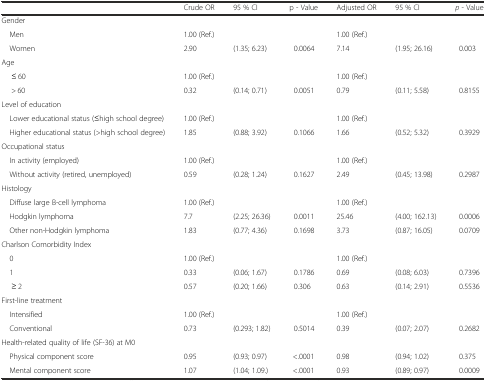
<table><thead><tr><td></td><td><b>Crude OR</b></td><td><b>95 % CI</b></td><td><b>p - Value</b></td><td><b>Adjusted OR</b></td><td><b>95 % CI</b></td><td><b><i>p</i> - Value</b></td></tr></thead><tbody><tr><td colspan="7">Gender</td></tr><tr><td> Men</td><td>1.00 (Ref.)</td><td></td><td></td><td>1.00 (Ref.)</td><td></td><td></td></tr><tr><td> Women</td><td>2.90</td><td>(1.35; 6.23)</td><td>0.0064</td><td>7.14</td><td>(1.95; 26.16)</td><td>0.003</td></tr><tr><td colspan="7">Age</td></tr><tr><td>≤ 60</td><td>1.00 (Ref.)</td><td></td><td></td><td>1.00 (Ref.)</td><td></td><td></td></tr><tr><td>&gt; 60</td><td>0.32</td><td>(0.14; 0.71)</td><td>0.0051</td><td>0.79</td><td>(0.11; 5.58)</td><td>0.8155</td></tr><tr><td colspan="7">Level of education</td></tr><tr><td> Lower educational status (≤high school degree)</td><td>1.00 (Ref.)</td><td></td><td></td><td>1.00 (Ref.)</td><td></td><td></td></tr><tr><td> Higher educational status (&gt;high school degree)</td><td>1.85</td><td>(0.88; 3.92)</td><td>0.1066</td><td>1.66</td><td>(0.52; 5.32)</td><td>0.3929</td></tr><tr><td colspan="7">Occupational status</td></tr><tr><td> In activity (employed)</td><td>1.00 (Ref.)</td><td></td><td></td><td>1.00 (Ref.)</td><td></td><td></td></tr><tr><td> Without activity (retired, unemployed)</td><td>0.59</td><td>(0.28; 1.24)</td><td>0.1627</td><td>2.49</td><td>(0.45; 13.98)</td><td>0.2987</td></tr><tr><td colspan="7">Histology</td></tr><tr><td> Diffuse large B-cell lymphoma</td><td>1.00 (Ref.)</td><td></td><td></td><td>1.00 (Ref.)</td><td></td><td></td></tr><tr><td> Hodgkin lymphoma</td><td>7.7</td><td>(2.25; 26.36)</td><td>0.0011</td><td>25.46</td><td>(4.00; 162.13)</td><td>0.0006</td></tr><tr><td> Other non-Hodgkin lymphoma</td><td>1.83</td><td>(0.77; 4.36)</td><td>0.1698</td><td>3.73</td><td>(0.87; 16.05)</td><td>0.0709</td></tr><tr><td colspan="7">Charlson Comorbidity Index</td></tr><tr><td> 0</td><td>1.00 (Ref.)</td><td></td><td></td><td>1.00 (Ref.)</td><td></td><td></td></tr><tr><td> 1</td><td>0.33</td><td>(0.06; 1.67)</td><td>0.1786</td><td>0.69</td><td>(0.08; 6.03)</td><td>0.7396</td></tr><tr><td>≥ 2</td><td>0.57</td><td>(0.20; 1.66)</td><td>0.306</td><td>0.63</td><td>(0.14; 2.91)</td><td>0.5536</td></tr><tr><td colspan="7">First-line treatment</td></tr><tr><td> Intensified</td><td>1.00 (Ref.)</td><td></td><td></td><td>1.00 (Ref.)</td><td></td><td></td></tr><tr><td> Conventional</td><td>0.73</td><td>(0.293; 1.82)</td><td>0.5014</td><td>0.39</td><td>(0.07; 2.07)</td><td>0.2682</td></tr><tr><td colspan="7">Health-related quality of life (SF-36) at M0</td></tr><tr><td> Physical component score</td><td>0.95</td><td>(0.93; 0.97)</td><td>&lt;.0001</td><td>0.98</td><td>(0.94; 1.02)</td><td>0.375</td></tr><tr><td> Mental component score</td><td>1.07</td><td>(1.04; 1.09.)</td><td>&lt;.0001</td><td>0.93</td><td>(0.89; 0.97)</td><td>0.0009</td></tr></tbody></table>